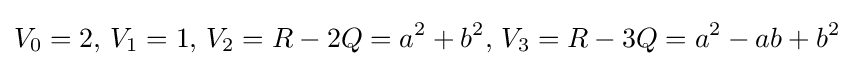
V_{0}=2,\,V_{1}=1,\,V_{2}=R-2Q=a^{2}+b^{2},\,V_{3}=R-3Q=a^{2}-ab+b^{2}